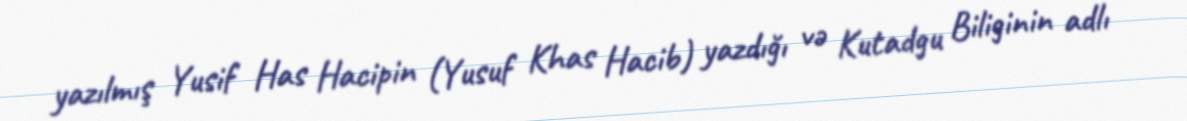
yazılmış Yusif Has Hacipin (Yusuf Khas Hacib) yazdığı və Kutadgu Biliginin adlı